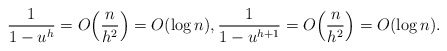
\begin{align*} \frac{1}{1-u^h}=O\Bigl(\frac{n}{h^2}\Bigr)=O(\log n), \frac{1}{1-u^{h+1}}=O\Bigl(\frac{n}{h^2}\Bigr)=O(\log n). \end{align*}